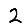
Digit: 2